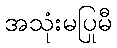
အသုံးမပြုမီ